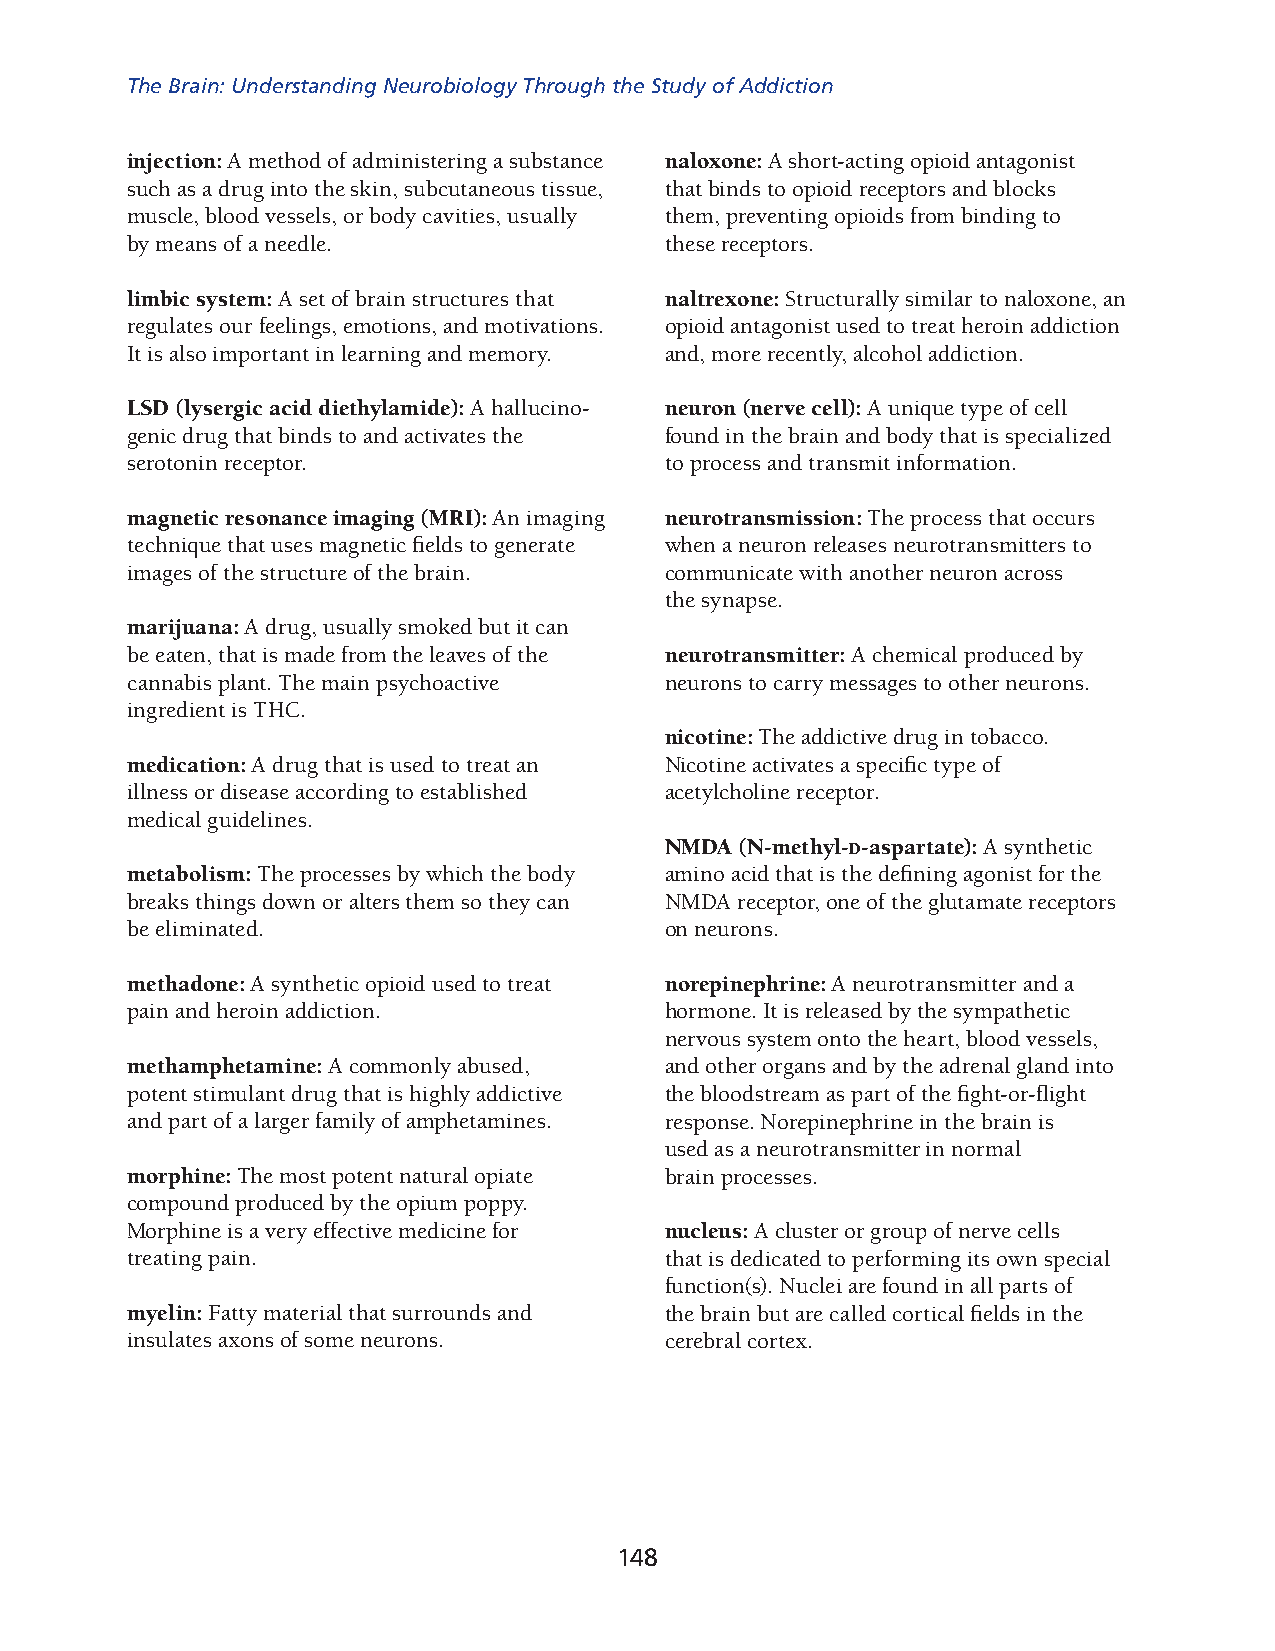
The Brain: Understanding Neurobiology Through the Study of Addiction
 injection: A method of administering a substance naloxone: A short-acting opioid antagonist
 such as a drug into the skin, subcutaneous tissue, that binds to opioid receptors and blocks
 muscle, blood vessels, or body cavities, usually them, prev enting opioids from binding to
 by means of a needle.               these receptors.
 limbic system: A set of brain structures that naltrexone: Structurally similar to naloxone, an
 regulates our feelings, emotions, and motivations. opioid antagonist used to treat heroin addiction
 It is also important in learning and memory. and, more recently, alcohol addiction.
 LSD (lysergic acid diethylamide): A hallucino­ neuron (nerve cell): A unique type of cell
 genic drug that binds to and activates the found in the brain and body that is specialized
 serotonin receptor.                 to process and transmit information.
 magnetic resonance imaging (MRI): An imaging neurotransmission: The process that occurs
 technique that uses magnetic fields to generate when a neuron releases neurotransmitters to
 images of the structure of the brain. communic ate with another neuron across
 the synapse.
 marijuana: A drug, usually smoked but it can
 be eaten, that is made from the leaves of the neurotransmitter: A chemical produced by
 cannabis plant. The main psychoactive neur ons to carry messages to other neurons.
 ingredient is THC.
 nicotine: The addictive drug in tobacco.
 medication: A drug that is used to treat an Nicotine activates a specific type of
 illness or disease according to established acetylcholine receptor.
 medical guidelines.
 NMDA (N-methyl-d-aspartate): A synthetic
 metabolism: The processes by which the body amino acid that is the defining agonist for the
 breaks things down or alters them so they can NMDA receptor, one of the glutamate receptors
 be eliminated.                      on neurons.
 methadone: A synthetic opioid used to treat norepinephrine: A neurotransmitter and a
 pain and heroin addiction.          horm one. It is released by the sympathetic
 nervous system onto the heart, blood vessels,
 methamphetamine: A commonly abused, and other organs and by the adrenal gland into
 potent stimulant drug that is highly addictive the bloods tream as part of the fight-or-flight
 and part of a larger family of amphetamines. response. Norepinephrine in the brain is
 used as a neurot ransmitter in normal
 morphine: The most potent natural opiate brain processes.
 comp ound produced by the opium poppy.
 Morphine is a very effective medicine for nucleus: A cluster or group of nerve cells
 treating pain.                      that is dedicated to performing its own special
 funct ion(s). Nuclei are found in all parts of
 myelin: Fatty material that surrounds and the brain but are called cortical fields in the
 insul ates axons of some neurons.   cerebral cortex.
 148